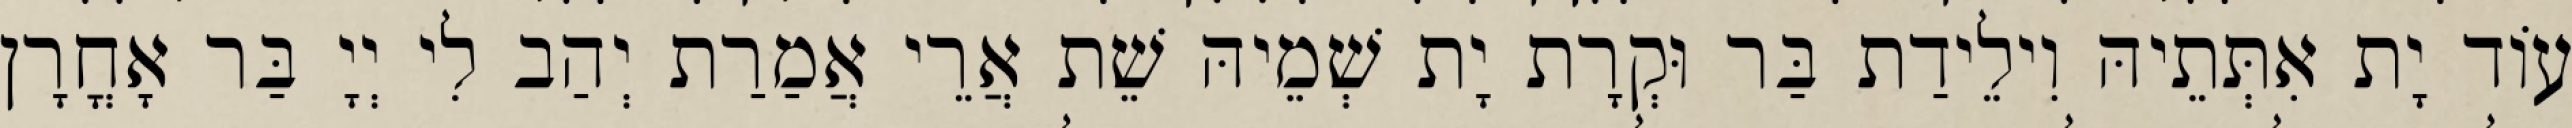
עוֹד יָת אִתְּתֵיהּ וִילֵידַת בַּר וּקְרָת יָת שְׁמֵיהּ שֵׁת אֲרֵי אֲמַרַת יְהַב לִי יְיָ בַּר אָחֳרָן